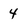
Character: 4